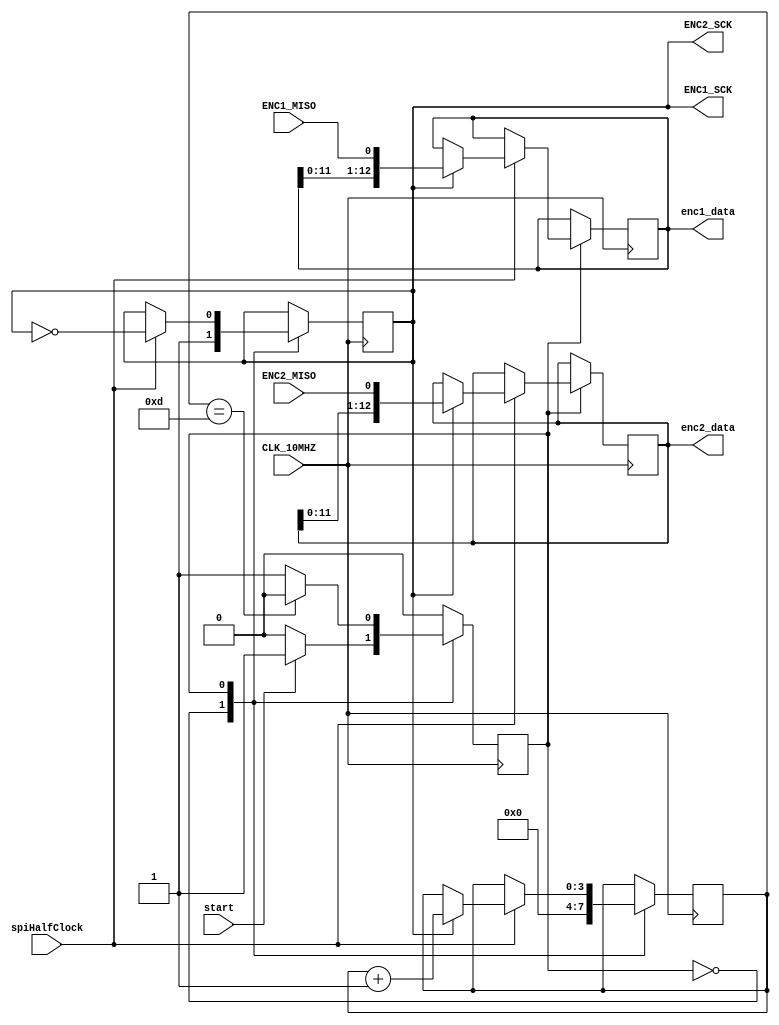
module encoderSpi (
	input CLK_10MHZ,
	input start,
	input spiHalfClock,
	
	output ENC1_SCK, ENC2_SCK,
	input ENC1_MISO, ENC2_MISO,

	output reg [12:0] enc1_data,
	output reg [12:0] enc2_data
);

reg ENC_CLK = 1'b1;

assign ENC1_SCK = ENC_CLK;
assign ENC2_SCK = ENC_CLK;

//wire SCK_pe = (ENC_CLK && ~ENC_CLK);
//wire SCK_ne = (ENC_CLK && ~ENC_CLK);
//always @(posedge CLK_10MHZ) begin

//end
reg state = 0;
reg [3:0] bitCnt = 4'h0;


always @(posedge CLK_10MHZ) begin	
			
	case(state)
		0: begin
		if(start)
			state <= 1;	
			bitCnt <= 4'h0;
			ENC_CLK <= 1'b1;
		end
		
		1: begin			
			if(spiHalfClock) begin
				ENC_CLK <= ~ENC_CLK;		
				if(ENC_CLK == 1'b1) begin
					enc1_data[12:0] <= {enc1_data[11:0], ENC1_MISO};
					enc2_data[12:0] <= {enc2_data[11:0], ENC2_MISO};
					bitCnt <= bitCnt + 4'h1;
				end	
			end
			if(bitCnt == 4'd13) begin
				state <= 0;
			end
			
		end
				
	endcase
	
end


endmodule